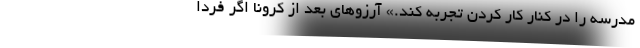
مدرسه را در کنار کار کردن تجربه کند.» آرزوهای بعد از کرونا اگر فردا